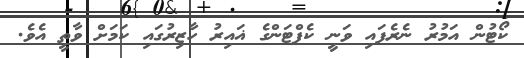
ކޯޓުން އަމުރު ނެރެފައި ވަނީ ކެޕްޓަންގެ ޣައިރު ހާޒިރުގައި ކަމަށް ވާތީ އެވެ.